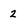
Character: 2